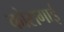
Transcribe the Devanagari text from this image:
कोसगाई